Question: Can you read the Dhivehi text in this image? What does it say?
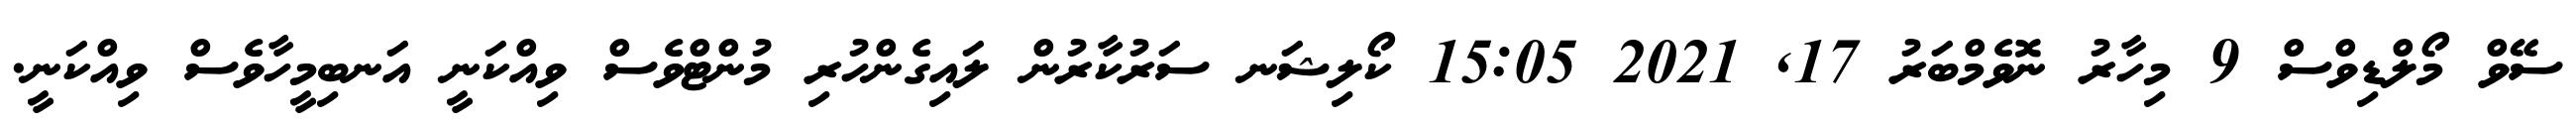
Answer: ސޭވް މޯލްޑިވްސް 9 މިހާރު ނޮވެމްބަރު 17, 2021 15:05 ކޯލިޝަނ ސަރުކާރުން ލައިގެންހުރި މުންޓްވެސް ވިއްކަނީ އަނބިމީހާވެސް ވިއްކަނީ.